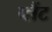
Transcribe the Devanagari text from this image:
प्लैंट